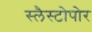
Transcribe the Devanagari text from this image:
स्लैस्टोपोर